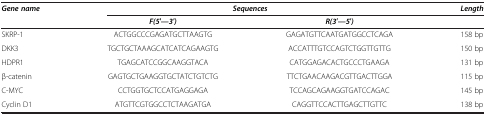
<table><thead><tr><td rowspan="2"><b><i>Gene name</i></b></td><td colspan="2"><b><i>Sequences</i></b></td><td><b><i>Length</i></b></td></tr><tr><td><b><i>F(5′—3′)</i></b></td><td><b><i>R(3′—5′)</i></b></td><td><b> </b></td></tr></thead><tbody><tr><td>SKRP-1</td><td>ACTGGCCCGAGATGCTTAAGTG</td><td>GAGATGTTCAATGATGGCCTCAGA</td><td>158 bp</td></tr><tr><td>DKK3</td><td>TGCTGCTAAAGCATCATCAGAAGTG</td><td>ACCATTTGTCCAGTCTGGTTGTTG</td><td>150 bp</td></tr><tr><td>HDPR1</td><td>TGAGCATCCGGCAAGGTACA</td><td>CATGGAGACACTGCCCTGAAGA</td><td>131 bp</td></tr><tr><td>β-catenin</td><td>GAGTGCTGAAGGTGCTATCTGTCTG</td><td>TTCTGAACAAGACGTTGACTTGGA</td><td>115 bp</td></tr><tr><td>C-MYC</td><td>CCTGGTGCTCCATGAGGAGA</td><td>TCCAGCAGAAGGTGATCCAGAC</td><td>145 bp</td></tr><tr><td>Cyclin D1</td><td>ATGTTCGTGGCCTCTAAGATGA</td><td>CAGGTTCCACTTGAGCTTGTTC</td><td>138 bp</td></tr></tbody></table>